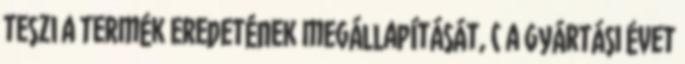
teszi a termék eredetének megállapítását, c a gyártási évet